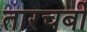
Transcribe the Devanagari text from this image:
तारचर्बी